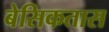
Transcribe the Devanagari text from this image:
बेसिकतास